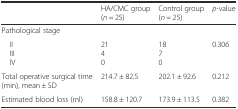
<table><thead><tr><td></td><td><b>HA/CMC group(<i>n</i> = 25)</b></td><td><b>Control group(<i>n</i> = 25)</b></td><td><b><i>p</i>-value</b></td></tr></thead><tbody><tr><td>Pathological stage</td><td></td><td></td><td></td></tr><tr><td> II III IV</td><td>2140</td><td>1870</td><td>0.306</td></tr><tr><td>Total operative surgical time (min), mean ± SD</td><td>214.7 ± 82.5</td><td>202.1 ± 92.6</td><td>0.212</td></tr><tr><td>Estimated blood loss (ml)</td><td>158.8 ± 120.7</td><td>173.9 ± 113.5</td><td>0.382</td></tr></tbody></table>